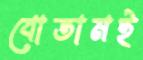
বোতামই